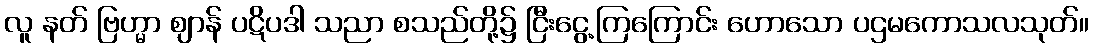
လူ နတ် ဗြဟ္မာ ဈာန် ပဋိပဒါ သညာ စသည်တို့၌ ငြီးငွေ့ကြကြောင်း ဟောသော ပဌမကောသလသုတ်။